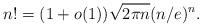
LaTeX: \begin{align*}n!=(1+o(1))\sqrt{2\pi n}(n/e)^n.\end{align*}